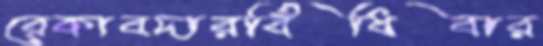
রেকাবদারবিঁধিবার